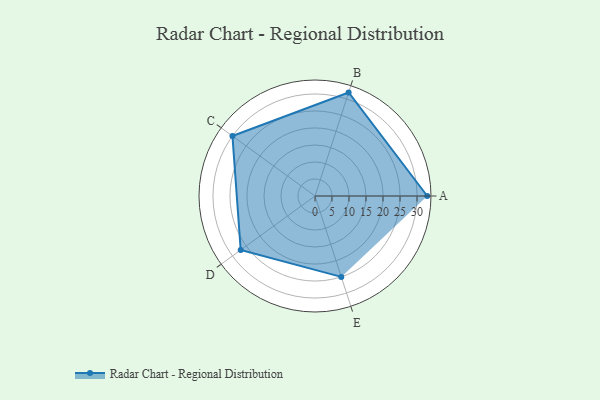
{"axis": {"x": "Skill", "y": "Score"}, "legend": ["Profile"], "data": [{"x": "A", "y": 33.0, "type": "Profile"}, {"x": "B", "y": 32.0, "type": "Profile"}, {"x": "C", "y": 30.0, "type": "Profile"}, {"x": "D", "y": 27.0, "type": "Profile"}, {"x": "E", "y": 25.0, "type": "Profile"}]}